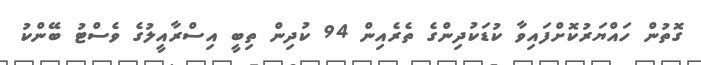
ގޮތުން ހައްޔަރުކޮށްފައިވާ ކުޑަކުދިންގެ ތެރެއިން 94 ކުދިން ތިބީ އިސްރާއީލުގެ ވެސްޓު ބޭންކު